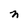
Character: n